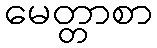
မေတ္တာစာ